Insane asylums in Bengal annual reports 1867-1875 - 1867-1875
Year: 1867
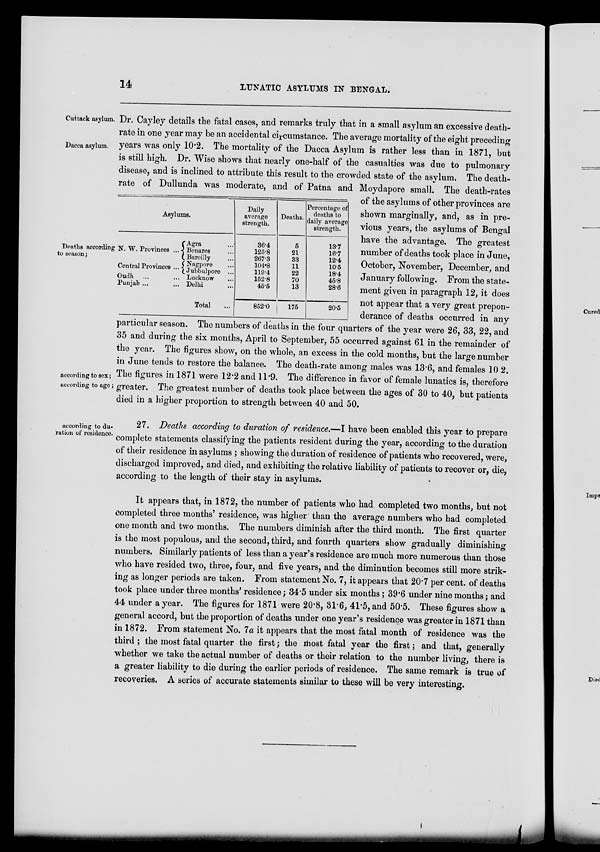
14
LUNATIC ASYLUMS IN BENGAL.
Cuttack asylum.
Dacca asylum.
Deaths according
to season;
according to sex ;
according to age ;
Asylums.
N. W. Provinces ...
Central Provinces ...
Oudh ... ...
Punjab ... ...
Agra ...
Benares ...
Bareilly ...
Nagpore ...
Jubbulpore ...
Lucknow ...
Delhi ...
Total ...
Daily
average
strength.
36.4
125.8
267.3
104.8
119.4
152.8
45.5
852.0
Deaths.
5
21
33
11
22
70
13
175
Percentage of
deaths to
daily average
strength.
13.7
16.7
12.4
10.5
18.4
45.8
28.6
20.5
Dr. Cayley details the fatal cases, and remarks truly that in a small asylum an excessive death-
rate in one year may be an accidental circumstance. The average mortality of the eight preceding
years was only 10.2. The mortality of the Dacca Asylum is rather less than in 1871, but
is still high. Dr. Wise shows that nearly one-half of the casualties was due to pulmonary
disease, and is inclined to attribute this result to the crowded state of the asylum. The death-
rate of Dullunda was moderate, and of Patna and Moydapore small. The death-rates
of the asylums of other provinces are
shown marginally, and, as in pre-
vious years, the asylums of Bengal
have the advantage. The greatest
number of deaths took place in June,
October, November, December, and
January following. From the state-
ment given in paragraph 12, it does
not appear that a very great prepon-
derance of deaths occurred in any
particular season. The numbers of deaths in the four quarters of the year were 26, 33, 22, and
35 and during the six months, April to September, 55 occurred against 61 in the remainder of
the year. The figures show, on the whole, an excess in the cold months, but the large number
in June tends to restore the balance. The death-rate among males was 13.6, and females 10 2.
The figures in 1871 were 12.2 and 11.9. The difference in favor of female lunatics is, therefore
greater. The greatest number of deaths took place between the ages of 30 to 40, but patients
died in a higher proportion to strength between 40 and 50.
according to du-
ration of residence.
27. Deaths according to duration of residence.—I have been enabled this year to prepare
complete statements classifying the patients resident during the year, according to the duration
of their residence in asylums ; showing the duration of residence of patients who recovered, were,
discharged improved, and died, and exhibiting the relative liability of patients to recover or, die,
according to the length of their stay in asylums.
It appears that, in 1872, the number of patients who had completed two months, but not
completed three months' residence, was higher than the average numbers who had completed
one month and two months. The numbers diminish after the third month. The first quarter
is the most populous, and the second, third, and fourth quarters show gradually diminishing
numbers. Similarly patients of less than a year's residence are much more numerous than those
who have resided two, three, four, and five years, and the diminution becomes still more strik-
ing as longer periods are taken. From statement No. 7, it appears that 20.7 per cent. of deaths
took place under three months' residence; 34.5 under six months; 39.6 under nine months; and
44 under a year. The figures for 1871 were 20.8, 31.6, 41.5, and 50.5. These figures show a
general accord, but the proportion of deaths under one year's residence was greater in 1871 than
in 1872. From statement No. 7a it appears that the most fatal month of residence was the
third; the most fatal quarter the first; the most fatal year the first; and that, generally
whether we take the actual number of deaths or their relation to the number living, there is
a greater liability to die during the earlier periods of residence. The same remark is true of
recoveries. A series of accurate statements similar to these will be very interesting.